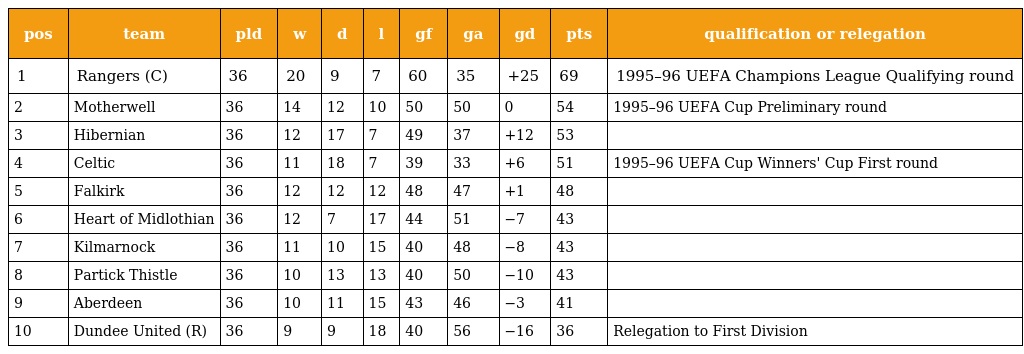
| pos | team | pld | w | d | l | gf | ga | gd | pts | qualification or relegation |
 | --- | --- | --- | --- | --- | --- | --- | --- | --- | --- | --- |
 | 1 | Rangers (C) | 36 | 20 | 9 | 7 | 60 | 35 | +25 | 69 | 1995–96 UEFA Champions League Qualifying round |
 | 2 | Motherwell | 36 | 14 | 12 | 10 | 50 | 50 | 0 | 54 | 1995–96 UEFA Cup Preliminary round |
 | 3 | Hibernian | 36 | 12 | 17 | 7 | 49 | 37 | +12 | 53 |  |
 | 4 | Celtic | 36 | 11 | 18 | 7 | 39 | 33 | +6 | 51 | 1995–96 UEFA Cup Winners' Cup First round |
 | 5 | Falkirk | 36 | 12 | 12 | 12 | 48 | 47 | +1 | 48 |  |
 | 6 | Heart of Midlothian | 36 | 12 | 7 | 17 | 44 | 51 | −7 | 43 |  |
 | 7 | Kilmarnock | 36 | 11 | 10 | 15 | 40 | 48 | −8 | 43 |  |
 | 8 | Partick Thistle | 36 | 10 | 13 | 13 | 40 | 50 | −10 | 43 |  |
 | 9 | Aberdeen | 36 | 10 | 11 | 15 | 43 | 46 | −3 | 41 |  |
 | 10 | Dundee United (R) | 36 | 9 | 9 | 18 | 40 | 56 | −16 | 36 | Relegation to First Division |